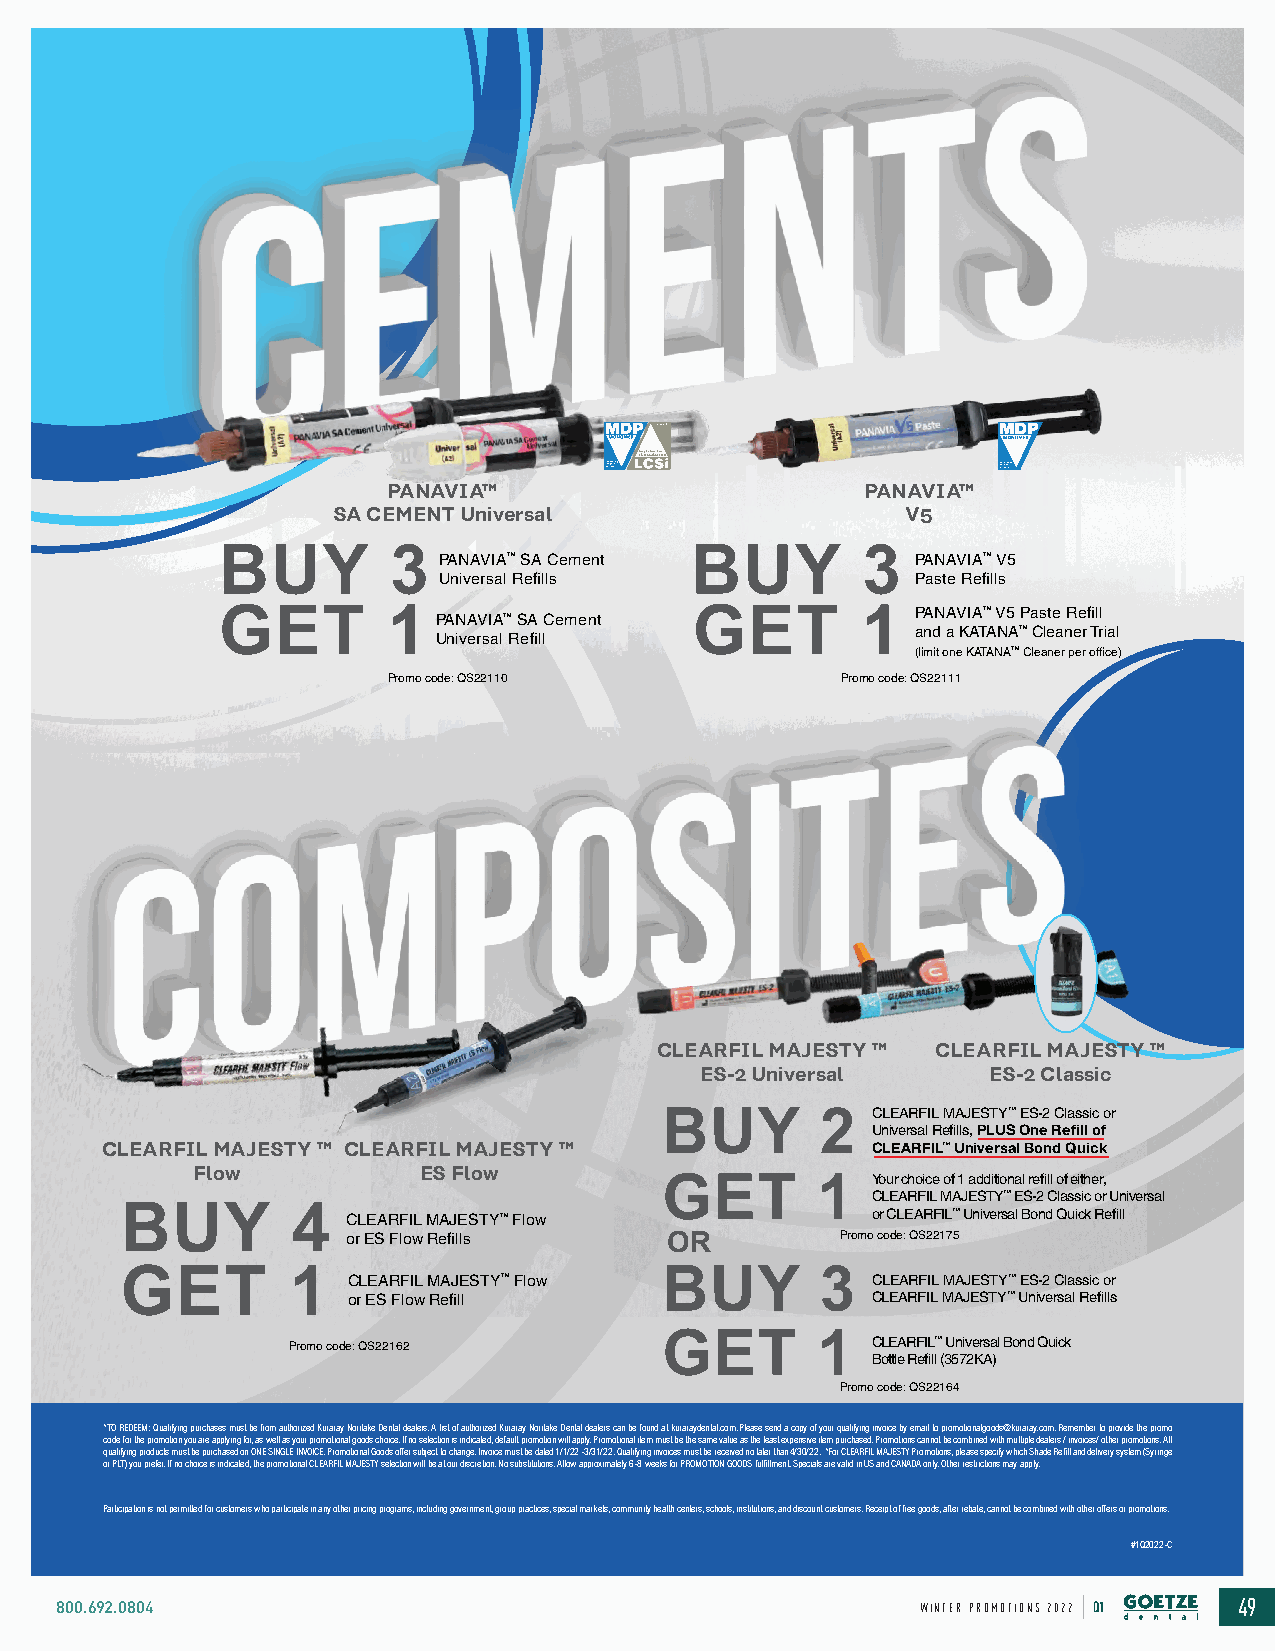
PANAVIA™                       PANAVIA™
 SA CEMENT Universal                   V5
 BUY        3  PANAVIA™ SA Cement BUY      3   PANAVIA™ V5
 Universal Refills               Paste Refills
 GET        1  PANAVIA™ SA Cement GET      1   PANAVIA™ V5 Paste Refill
 and a KATANA™ Cleaner Trial
 Universal Refill
 (limit one KATANA™ Cleaner per office)
 Promo code: QS22110           Promo code: QS22111
 CLEARFIL MAJESTY ™ CLEARFIL MAJESTY ™
 ES-2 Universal     ES-2 Classic
 CLEARFIL MAJESTY™ ES-2 Classic or
 BUY        2
 Universal Refills, PLUS One Refill of
 CLEARFIL MAJESTY ™ CLEARFIL MAJESTY ™              CLEARFIL™ Universal Bond Quick
 Flow           ES Flow
 Your choice of 1 additional refill of either,
 GET       1
 CLEARFIL MAJESTY™ ES-2 Classic or Universal
 BUY         4  CLEARFIL MAJESTY™ Flow             or CLEARFIL™ Universal Bond Quick Refill
 or ES Flow Refills   OR          Promo code: QS22175
 GET        1   CLEARFIL MAJESTY™ Flow BUY      3  CLEARFIL MAJESTY™ ES-2 Classic or
 or ES Flow Refill                  CLEARFIL MAJESTY™ Universal Refills
 Promo code: QS22162      GET       1   CLEARFIL™ Universal Bond Quick
 Bottle Refill (3572KA)
 Promo code: QS22164
 *TO REDEEM: Qualifying purchases must be from authorized Kuraray Noritake Dental dealers. A list of authorized Kuraray Noritake Dental dealers can be found at kuraraydental.com. Please send a copy of your qualifying invoice by email to promotionalgoods@kuraray.com. Remember to provide the promo
 code for the promotion you are applying for, as well as your promotional goods choice. If no selection is indicated, default promotion will apply. Promotional item must be the same value as the least expensive item purchased. Promotions cannot be combined with multiple dealers / invoices/ other promotions. All
 qualifying products must be purchased on ONE SINGLE INVOICE. Promotional Goods offer subject to change. Invoice must be dated 1/1/22 -3/31/22. Qualifying invoices must be received no later than 4/30/22. *For CLEARFIL MAJESTY Promotions, please specify which Shade Refill and delivery system (Syringe
 or PLT) you prefer. If no choice is indicated, the promotional CLEARFIL MAJESTY selection will be at our discretion. No substitutions. Allow approximately 6-8 weeks for PROMOTION GOODS fulfillment. Specials are valid in US and CANADA only. Other restrictions may apply.
 Participation is not permitted for customers who participate in any other pricing programs, including government, group practices, special markets, community health centers, schools, institutions, and discount customers. Receipt of free goods, after rebate, cannot be combined with other offers or promotions.
 #1Q2022-C
 800.692.0804                                             WINTER PROMOTIONS 2022 Q1 49